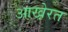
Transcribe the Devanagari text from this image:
आखे़रत